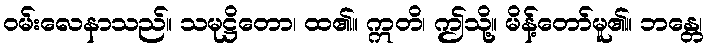
ဝမ်းလေနာသည်။ သမုဋ္ဌိတော၊ ထ၏။ ဣတိ၊ ဤသို့။ မိန့်တော်မူ၏။ ဘန္တေ၊